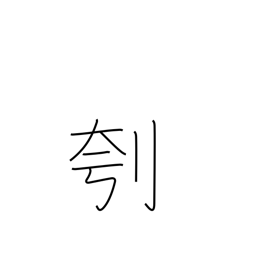
Meaning: clear